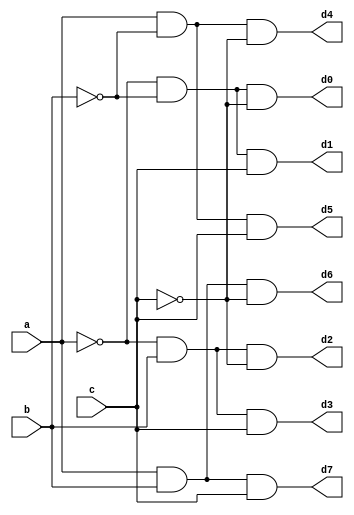
module Decoder(a,b,c,d0,d1,d2,d3,d4,d5,d6,d7);
	input a,b,c;
	output d0,d1,d2,d3,d4,d5,d6,d7;
	assign d0=(~a&~b&~c),
			 d1=(~a&~b&c),
			 d2=(~a&b&~c),
			 d3=(~a&b&c),
			 d4=(a&~b&~c),
			 d5=(a&~b&c),
			 d6=(a&b&~c),
			 d7=(a&b&c);
endmodule